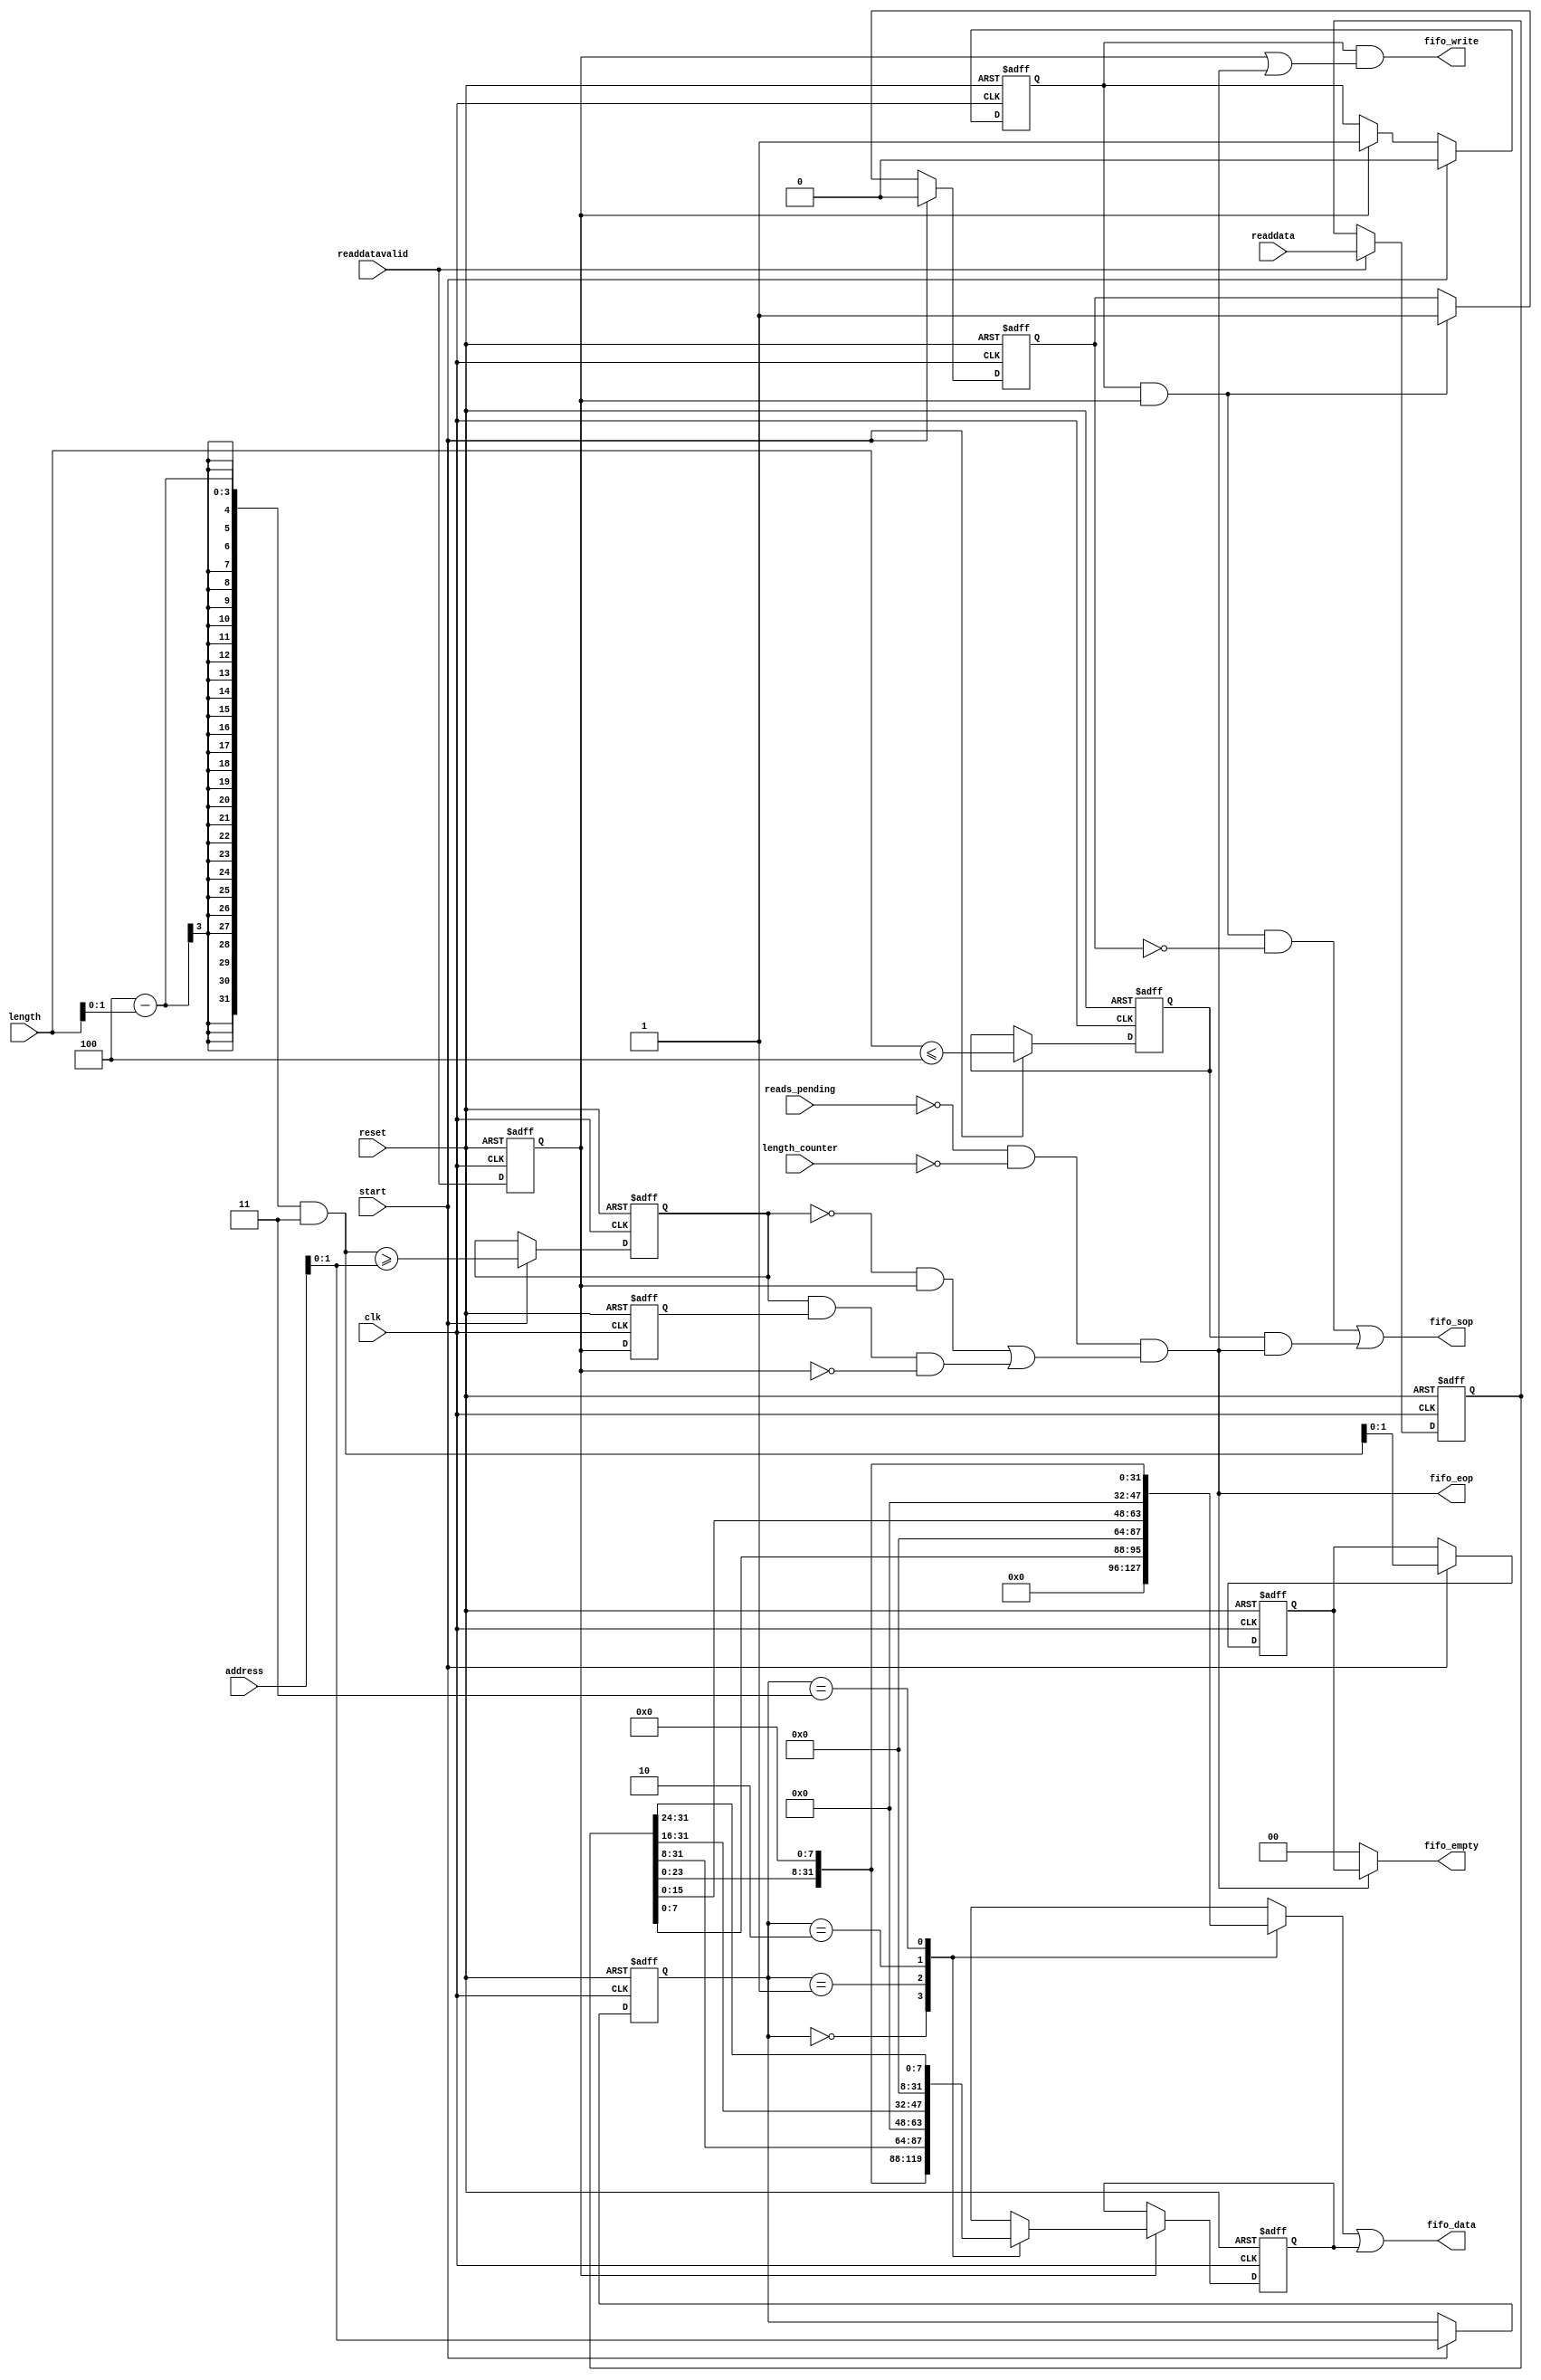
/*
  Legal Notice: (C)2009 Altera Corporation. All rights reserved.  Your
  use of Altera Corporation's design tools, logic functions and other
  software and tools, and its AMPP partner logic functions, and any
  output files any of the foregoing (including device programming or
  simulation files), and any associated documentation or information are
  expressly subject to the terms and conditions of the Altera Program
  License Subscription Agreement or other applicable license agreement,
  including, without limitation, that your use is for the sole purpose
  of programming logic devices manufactured by Altera and sold by Altera
  or its authorized distributors.  Please refer to the applicable
  agreement for further details.
*/

/*

  Author:  JCJB
  Date:  06/23/2009
  
  Version 2.1
  
  This logic recieves Avalon Memory Mapped read data and translates it into
  the Avalon Streaming format.  The ST format requires all data to be packed
  until the final transfer when packet support is enabled.  As a result when
  you enable unaligned acceses the data from two sucessive reads must be
  combined to form a single word of data.  If you disable packet support
  and unaligned access support this block will synthesize into wires.
  
  This block does not provide any read throttling as it simply acts as a format
  adapter between the read master port and the read master FIFO.  All throttling
  should be provided by the read master to prevent overflow.  Since this logic
  sits on the MM side of the FIFO the bytes are in 'little endian' format and
  will get swapped around on the other side of the FIFO (symbol size can be adjusted
  there too).
  
  Revision History:
  
  1.0 Initial version
  
  2.0 Removed 'bytes_to_next_boundary' and using the address and length signals
      instead to determine how much out of alignment the master begins.

  2.1 Changed the extra last access logic to be based on the descriptor address
      and length as apposed to the counter values.  Created a new 'length_counter'
      input to determine when the last read has arrived.
*/




// synthesis translate_off
`timescale 1ns / 1ps
// synthesis translate_on

// turn off superfluous verilog processor warnings 
// altera message_level Level1 
// altera message_off 10034 10035 10036 10037 10230 10240 10030 


module MM_to_ST_Adapter (
  clk,
  reset,
  
  length,
  length_counter,
  address,
  reads_pending,
  start,

  readdata,
  readdatavalid,
  fifo_data,
  fifo_write,
  fifo_empty,
  fifo_sop,
  fifo_eop
);



  parameter DATA_WIDTH = 32;                   // 8, 16, 32, 64, 128, or 256 are valid values (if 8 is used then disable unaligned accesses and turn on full word only accesses)
  parameter LENGTH_WIDTH = 32;
  parameter ADDRESS_WIDTH = 32;
  parameter BYTE_ADDRESS_WIDTH = 2;            // log2(DATA_WIDTH/8)
  parameter READS_PENDING_WIDTH = 5;
  parameter EMPTY_WIDTH = 2;                   // log2(DATA_WIDTH/8)
  parameter PACKET_SUPPORT = 1;                // when set to 1 eop, sop, and empty will be driven, otherwise they will be grounded
  // only set one of these at a time
  parameter UNALIGNED_ACCESS_ENABLE = 1;       // when set to 1 this block will support packets and starting/ending on any boundary, do not use this if DATA_WIDTH is 8 (use 'FULL_WORD_ACCESS_ONLY')
  parameter FULL_WORD_ACCESS_ONLY = 0;         // when set to 1 this block will assume only full words are arriving (must start and stop on a word boundary).


  input clk;
  input reset;
  

  input [LENGTH_WIDTH-1:0] length;
  input [LENGTH_WIDTH-1:0] length_counter;
  input [ADDRESS_WIDTH-1:0] address;
  input [READS_PENDING_WIDTH-1:0] reads_pending;
  input start;   // one cycle strobe at the start of a transfer used to capture bytes_to_transfer


  input [DATA_WIDTH-1:0] readdata;
  input readdatavalid;
  output wire [DATA_WIDTH-1:0] fifo_data;
  output wire fifo_write;
  output wire [EMPTY_WIDTH-1:0] fifo_empty;
  output wire fifo_sop;
  output wire fifo_eop;


  // internal registers and wires  
  reg [DATA_WIDTH-1:0] readdata_d1;
  reg readdatavalid_d1;
  wire [DATA_WIDTH-1:0] data_in;            // data_in will either be readdata or a pipelined copy of readdata depending on whether unaligned access support is enabled
  wire valid_in;                            // valid in will either be readdatavalid or a pipelined copy of readdatavalid depending on whether unaligned access support is enabled
  reg valid_in_d1;
  wire [DATA_WIDTH-1:0] barrelshifter_A;    // shifted current read data
  wire [DATA_WIDTH-1:0] barrelshifter_B;
  reg [DATA_WIDTH-1:0] barrelshifter_B_d1;  // shifted previously read data
  wire [DATA_WIDTH-1:0] combined_word;  // bitwise OR between barrelshifter_A and barrelshifter_B (each has zero padding so that bytelanes don't overlap)
  wire [DATA_WIDTH-1:0] barrelshifter_input_A [0:((DATA_WIDTH/8)-1)];  // will be used to create barrelshifter_A inputs
  wire [DATA_WIDTH-1:0] barrelshifter_input_B [0:((DATA_WIDTH/8)-1)];  // will be used to create barrelshifter_B inputs
  wire extra_access_enable;
  reg extra_access;
  wire last_unaligned_fifo_write;
  reg first_access_seen;
  reg second_access_seen;
  wire first_access_seen_rising_edge;
  wire second_access_seen_rising_edge;
  reg [BYTE_ADDRESS_WIDTH-1:0] byte_address;
  reg [EMPTY_WIDTH-1:0] last_empty;  // only the last word written into the FIFO can have empty bytes
  reg start_and_end_same_cycle;  // when the amount of data to transfer is only a full word or less


  generate
    if (UNALIGNED_ACCESS_ENABLE == 1)  // unaligned so using a pipelined input
    begin
      assign data_in = readdata_d1;
      assign valid_in = readdatavalid_d1;
    end
    else
    begin
      assign data_in = readdata;       // no barrelshifters in this case so pipelining is not necessary
      assign valid_in = readdatavalid;
    end
  endgenerate


  always @ (posedge clk or posedge reset)
  begin
    if (reset)
    begin
      readdata_d1 <= 0;
    end
    else
    begin
      if (readdatavalid == 1)
      begin
        readdata_d1 <= readdata;
      end
    end
  end


  always @ (posedge clk or posedge reset)
  begin
    if (reset)
    begin
      readdatavalid_d1 <= 0;
      valid_in_d1 <= 0;
    end
    else
    begin
      readdatavalid_d1 <= readdatavalid;
      valid_in_d1 <= valid_in;  // used to flush the pipeline (extra fifo write) and prolong eop for one additional clock cycle
    end
  end


  always @ (posedge clk or posedge reset)
  begin
    if (reset == 1)
    begin
      barrelshifter_B_d1 <= 0;
    end
    else
    begin
      if (valid_in == 1)
      begin
        barrelshifter_B_d1 <= barrelshifter_B;
      end
    end
  end


  always @ (posedge clk or posedge reset)
  begin
    if (reset)
    begin
      first_access_seen <= 0;
    end
    else
    begin
      if (start == 1)
      begin
        first_access_seen <= 0;
      end
      else if (valid_in == 1)
      begin
        first_access_seen <= 1;
      end
    end
  end


  always @ (posedge clk or posedge reset)
  begin
    if (reset)
    begin
      second_access_seen <= 0;
    end
    else
    begin
      if (start == 1)
      begin
        second_access_seen <= 0;
      end
      else if ((first_access_seen == 1) & (valid_in == 1))
      begin
        second_access_seen <= 1;
      end
    end
  end


  always @ (posedge clk or posedge reset)
  begin
    if (reset)
    begin
      byte_address <= 0;
    end
    else if (start == 1)
    begin
      byte_address <= address[BYTE_ADDRESS_WIDTH-1:0];
    end
  end


  always @ (posedge clk or posedge reset)
  begin
    if (reset)
    begin
      last_empty <= 0;
    end
    else if (start == 1)
    begin
      last_empty <= ((DATA_WIDTH/8) - length[EMPTY_WIDTH-1:0]) & {EMPTY_WIDTH{1'b1}};  // if length isn't a multiple of the word size then we'll have some empty symbols/bytes during the last fifo write
    end
  end


  always @ (posedge clk or posedge reset)
  begin
    if (reset)
    begin
      extra_access <= 0;
    end
    else if (start == 1)
    begin
      extra_access <= extra_access_enable;  // when set the number of reads and fifo writes are equal, otherwise there will be 1 less fifo write than reads (unaligned accesses only)
    end
  end


  always @ (posedge clk or posedge reset)
  begin
    if (reset)
    begin
      start_and_end_same_cycle <= 0;
    end
    else if (start == 1)
    begin
      start_and_end_same_cycle <= (length <= (DATA_WIDTH/8));
    end
  end


  /* These barrelshifters will take the unaligned data coming into this block and shift the byte lanes appropriately to form a single packed word.
     Zeros are shifted into the byte lanes that do not contain valid data for the combined word that will be buffered.  This allows both barrelshifters
     to be logically OR'ed together to form a single packed word.  Shifter A is used to shift the current read data towards the upper bytes of the
     combined word (since those are the upper addresses of the combined word).  Shifter B after the pipeline stage called 'barrelshifter_B_d1' contains
     the previously read data shifted towards the lower bytes (since those are the lower addresses of the combined word).
  */
  generate
    genvar input_offset;
    for(input_offset = 0; input_offset < (DATA_WIDTH/8); input_offset = input_offset + 1)
    begin:  barrel_shifter_inputs
      assign barrelshifter_input_A[input_offset] = data_in << (8 * ((DATA_WIDTH/8) - input_offset)); 
      assign barrelshifter_input_B[input_offset] = data_in >> (8 * input_offset);
    end
  endgenerate

  assign barrelshifter_A = barrelshifter_input_A[byte_address];   // upper portion of the packed word
  assign barrelshifter_B = barrelshifter_input_B[byte_address];   // lower portion of the packed word (will be pipelined so it will be the previous word read by the master)
  assign combined_word = (barrelshifter_A | barrelshifter_B_d1);  // barrelshifters shift in zeros so we can just OR the words together here to create a packed word



  assign first_access_seen_rising_edge = (valid_in == 1) & (first_access_seen == 0);
  assign second_access_seen_rising_edge = ((first_access_seen == 1) & (valid_in == 1)) & (second_access_seen == 0);
  assign extra_access_enable = (((DATA_WIDTH/8) - length[EMPTY_WIDTH-1:0]) & {EMPTY_WIDTH{1'b1}}) >= address[BYTE_ADDRESS_WIDTH-1:0];  // enable when empty >= byte address


  /*  Need to keep track of the last write to the FIFO so that we can fire EOP correctly as well as flush the pipeline when unaligned accesses
      is enabled.  The first read is filtered since it is considered to be only a partial word to be written into the FIFO but there are cases
      when there is extra data that is buffered in 'barrelshifter_B_d1' but the transfer is done so we need to issue an additional write.
      In general for every 'N' Avalon-MM reads 'N-1' writes to the FIFO will occur unless there is data still buffered in which one more write
      to the FIFO will immediately follow the last read.
  */
  assign last_unaligned_fifo_write = (reads_pending == 0) & (length_counter == 0) &
                                     (  ((extra_access == 0) & (valid_in == 1)) |                         // don't need a pipeline flush
                                        ((extra_access == 1) & (valid_in_d1 == 1) & (valid_in == 0))  );  // last write to flush the pipeline (need to make sure valid_in isn't asserted to make sure the last data is indeed coming since valid_in is pipelined)


  // This block should be optimized down depending on the packet support or access type settings.  In the case where packet support is off
  // and only full accesses are used this block should become zero logic elements.
  generate
  if (PACKET_SUPPORT == 1)
  begin
    if (UNALIGNED_ACCESS_ENABLE == 1)
    begin
      assign fifo_sop = (second_access_seen_rising_edge == 1) | ((start_and_end_same_cycle == 1) & (last_unaligned_fifo_write == 1));
      assign fifo_eop = last_unaligned_fifo_write;
      assign fifo_empty = (fifo_eop == 1)? last_empty : 0;  // always full accesses until the last word
    end
    else
    begin
      assign fifo_sop = first_access_seen_rising_edge;
      assign fifo_eop = (length_counter == 0) & (reads_pending == 1) & (valid_in == 1);  // not using last_unaligned_fifo_write since it's pipelined and when unaligned accesses are disabled the input is not pipelined
      if (FULL_WORD_ACCESS_ONLY == 1)
      begin
        assign fifo_empty = 0;  // full accesses so no empty symbols throughout the transfer
      end
      else
      begin
        assign fifo_empty = (fifo_eop == 1)? last_empty : 0;  // always full accesses until the last word
      end
    end
  end
  else
  begin
    assign fifo_eop = 0;
    assign fifo_sop = 0;
    assign fifo_empty = 0;
  end


  if (UNALIGNED_ACCESS_ENABLE == 1)
  begin
    assign fifo_data = combined_word;
    assign fifo_write = (first_access_seen == 1) & ((valid_in == 1) | (last_unaligned_fifo_write == 1));  // last_unaligned_fifo_write will inject an extra pulse right after the last read occurs when flushing of the pipeline is needed
  end
  else
  begin  // don't need to pipeline since the data will not go through the barrel shifters
    assign fifo_data = data_in;   // don't need to barrelshift when aligned accesses are used
    assign fifo_write = valid_in; // the number of writes to the fifo needs to always equal the number of reads from memory
  end
  endgenerate

endmodule